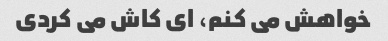
خواهش می کنم، ای کاش می کردی